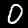
Digit: 0